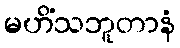
မဟိံသဘူတာနံ